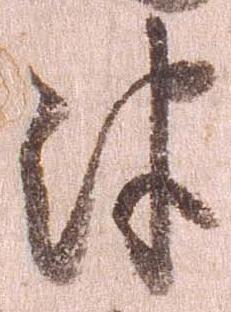
津